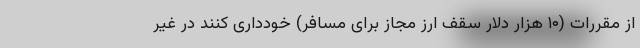
از مقررات (۱۰ هزار دلار سقف ارز مجاز برای مسافر) خودداری کنند در غیر